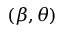
( \beta , \theta )